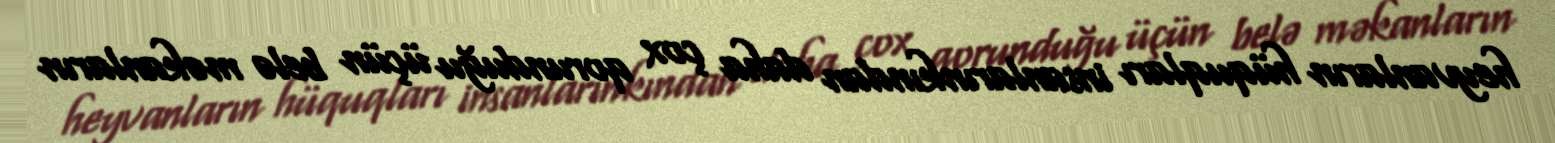
heyvanların hüquqları insanlarınkından daha çox qorunduğu üçün belə məkanların